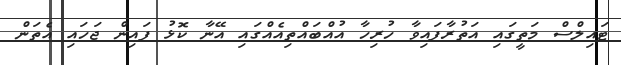
ޓައިލްސް މަތީގައި އަތުރާފައިވާ ހުރިހާ އުއްބައްތިއެއްގައި އޭނާ ކޮޅު ފައިން ޖަހައި އެތަން